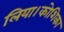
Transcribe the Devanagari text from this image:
लिया।कोशिका